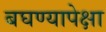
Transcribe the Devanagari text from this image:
बघण्यापेक्षा